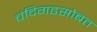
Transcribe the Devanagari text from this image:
चंदिगढसोबत